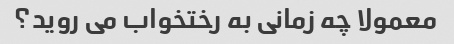
معمولا چه زمانی به رختخواب می روید؟